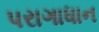
પરાગાધાન